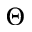
\Theta